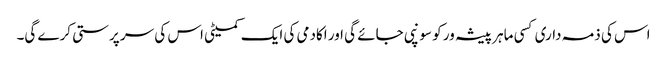
اس کی ذمہ داری کسی ماہر پیشہ ور کو سونپی جائے گی اور اکادمی کی ایک کمیٹی اس کی سر پرستی کرے گی۔